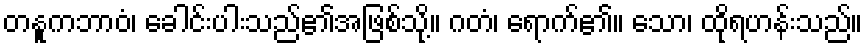
တနူကဘာဝံ၊ ခေါင်းပါးသည်၏အဖြစ်သို့။ ဂတံ၊ ရောက်၏။ သော၊ ထိုရဟန်းသည်။